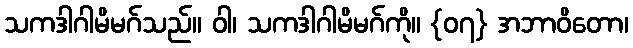
သကဒါဂါမိမဂ်သည်။ ဝါ၊ သကဒါဂါမိမဂ်ကို။ {၀၇} အဘာဝိတော၊